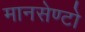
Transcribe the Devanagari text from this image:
मानसेण्टो